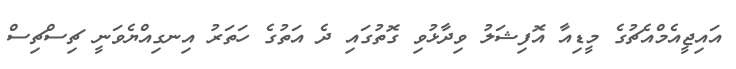
އައިޖީއެމްއެޗުގެ މީޑިއާ އޮފިޝަލު ވިދާޅުވި ގޮތުގައި ދެ އަތުގެ ހަތަރު އިނގިއްޔެވަނީ ޗިސްޗިސް